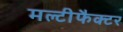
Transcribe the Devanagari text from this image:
मल्टीफैक्टर